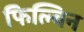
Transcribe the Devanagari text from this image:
फिल्बिन